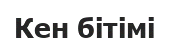
Кен бітімі